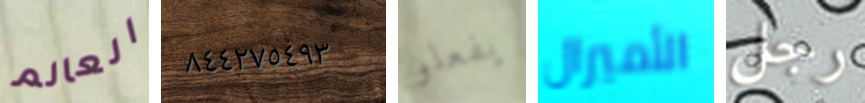
العالم ٨٤٤٢٧٥٤٩٣ يفعلو الأميرال رجل